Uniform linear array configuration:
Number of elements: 24
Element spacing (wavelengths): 0.5
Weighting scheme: blackman
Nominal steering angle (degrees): -15
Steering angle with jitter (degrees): -13.458
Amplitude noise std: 0.05
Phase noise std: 0.05

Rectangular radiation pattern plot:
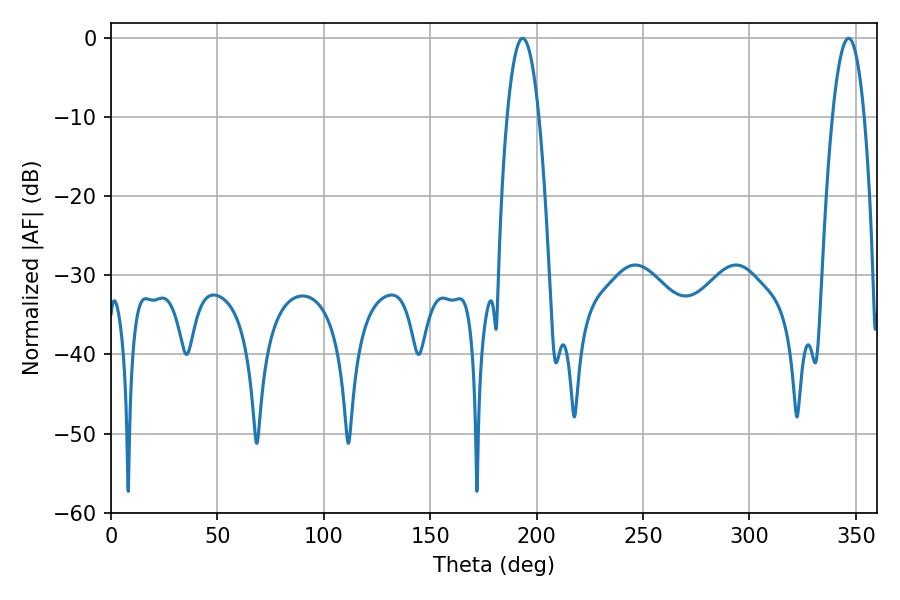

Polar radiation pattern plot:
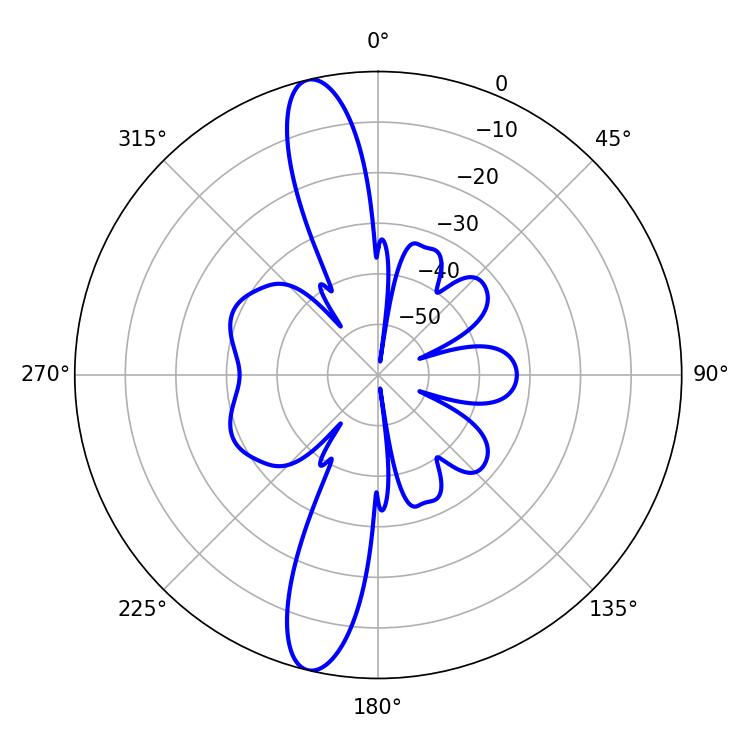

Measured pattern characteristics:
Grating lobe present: FALSE
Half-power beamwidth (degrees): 8.28
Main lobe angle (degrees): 193.5